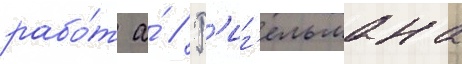
рабо́т а́ // Р'иг'ельмана